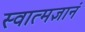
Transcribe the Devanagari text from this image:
स्वात्मज्ञानं